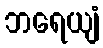
ဘရေယျံ